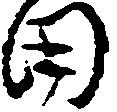
田